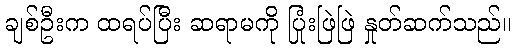
ချစ်ဦးက ထရပ်ပြီး ဆရာမကို ပြုံးဖြဲဖြဲ နှုတ်ဆက်သည်။